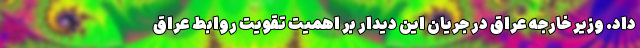
داد. وزیر خارجه عراق در جریان این دیدار بر اهمیت تقویت روابط عراق